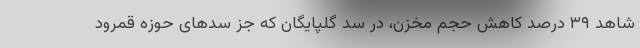
شاهد ۳۹ درصد کاهش حجم مخزن، در سد گلپایگان که جز سدهای حوزه قمرود